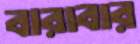
বারাবার